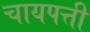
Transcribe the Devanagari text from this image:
चायपत्ती